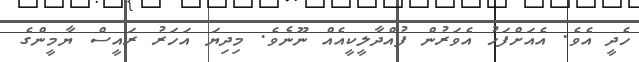
ހެދީ އެވެ. އެއަށްފަހު އެވަރުން ފުއްދާލީކީއެއް ނޫނެވެ. މިދިޔަ އަހަރު ރައީސް ޔާމީންގެ